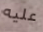
عليه